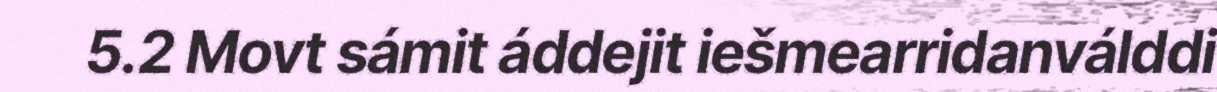
5.2 Movt sámit áddejit iešmearridanválddi